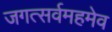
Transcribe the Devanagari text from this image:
जगत्सर्वमहमेव